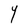
Character: Y